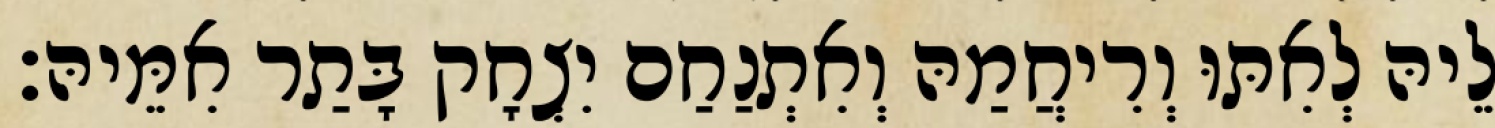
לֵיהּ לְאִתּוּ וְרִיחֲמַהּ וְאִתְנַחַם יִצְחָק בָּתַר אִמֵּיהּ׃